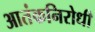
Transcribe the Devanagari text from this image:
आतंकनिरोधी